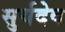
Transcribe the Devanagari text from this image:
सुर्यदेव